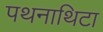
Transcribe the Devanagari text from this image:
पथनाथिटा